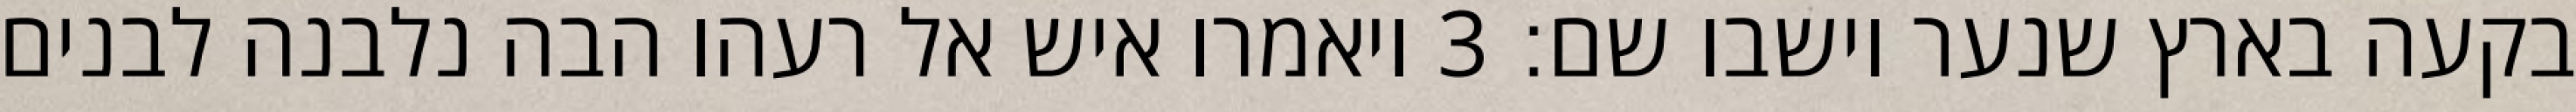
בקעה בארץ שנער וישבו שם׃ ‎3‏ ויאמרו איש אל רעהו הבה נלבנה לבנים